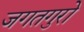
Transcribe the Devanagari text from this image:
जगतगुरो